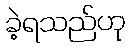
ခဲ့ရသည်ဟု